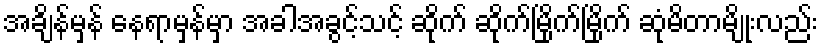
အချိန်မှန် နေရာမှန်မှာ အခါအခွင့်သင့် ဆိုက် ဆိုက်မြိုက်မြိုက် ဆုံမိတာမျိုးလည်း